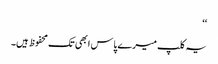
‘‘
یہ کلپ میرے پاس ابھی تک محفوظ ہیں۔